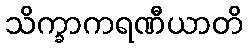
သိက္ခာကရဏီယာတိ